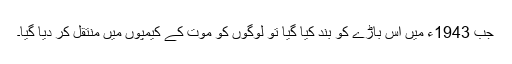
جب 1943ء میں اس باڑے کو بند کیا گیا تو لوگوں کو موت کے کیمپوں میں منتقل کر دیا گیا۔